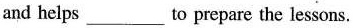
and helps___to prepare the lessons.